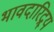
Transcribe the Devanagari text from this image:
भावदारिद्र्य